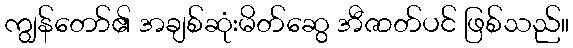
ကျွန်တော်၏ အချစ်ဆုံးမိတ်ဆွေ အီဇာတ်ပင် ဖြစ်သည်။